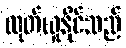
ထုတ်ယူနိုင်သည်